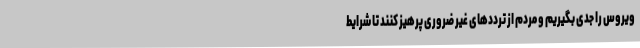
ویروس را جدی بگیریم و مردم از ترددهای غیر ضروری پرهیز کنند تا شرایط